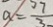
a = \frac { 7 } { 3 }